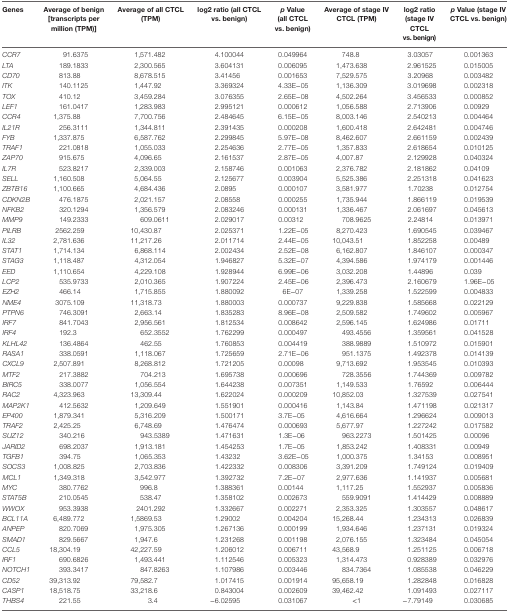
<table><thead><tr><td><b>Genes</b></td><td><b>Average of benign [transcripts per million (TPM)]</b></td><td><b>Average of all CTCL (TPM)</b></td><td><b>log2 ratio (all CTCL vs. benign)</b></td><td><b><i>p</i> Value (all CTCL vs. benign)</b></td><td><b>Average of stage IV CTCL (TPM)</b></td><td><b>log2 ratio (stage IV CTCL vs. benign)</b></td><td><b><i>p</i> Value (stage IV CTCL vs. benign)</b></td></tr></thead><tbody><tr><td><i>CCR7</i></td><td>91.6375</td><td>1,571.482</td><td>4.100044</td><td>0.049964</td><td>748.8</td><td>3.03057</td><td>0.001363</td></tr><tr><td><i>LTA</i></td><td>189.1833</td><td>2,300.565</td><td>3.604131</td><td>0.006095</td><td>1,473.638</td><td>2.961525</td><td>0.015005</td></tr><tr><td><i>CD70</i></td><td>813.88</td><td>8,678.515</td><td>3.41456</td><td>0.001653</td><td>7,529.575</td><td>3.20968</td><td>0.003482</td></tr><tr><td><i>ITK</i></td><td>140.1125</td><td>1,447.92</td><td>3.369324</td><td>4.33E−05</td><td>1,136.309</td><td>3.019698</td><td>0.002318</td></tr><tr><td><i>TOX</i></td><td>410.12</td><td>3,459.284</td><td>3.076355</td><td>2.65E−08</td><td>4,502.264</td><td>3.456533</td><td>0.000852</td></tr><tr><td><i>LEF1</i></td><td>161.0417</td><td>1,283.983</td><td>2.995121</td><td>0.000612</td><td>1,056.588</td><td>2.713906</td><td>0.00929</td></tr><tr><td><i>CCR4</i></td><td>1,375.88</td><td>7,700.756</td><td>2.484645</td><td>6.15E−05</td><td>8,003.146</td><td>2.540213</td><td>0.004464</td></tr><tr><td><i>IL21R</i></td><td>256.3111</td><td>1,344.811</td><td>2.391435</td><td>0.000208</td><td>1,600.418</td><td>2.642481</td><td>0.004746</td></tr><tr><td><i>FYB</i></td><td>1,337.875</td><td>6,587.762</td><td>2.299845</td><td>5.97E−08</td><td>8,462.607</td><td>2.661159</td><td>0.002439</td></tr><tr><td><i>TRAF1</i></td><td>221.0818</td><td>1,055.033</td><td>2.254636</td><td>2.77E−05</td><td>1,357.833</td><td>2.618654</td><td>0.010125</td></tr><tr><td><i>ZAP70</i></td><td>915.675</td><td>4,096.65</td><td>2.161537</td><td>2.87E−05</td><td>4,007.87</td><td>2.129928</td><td>0.040324</td></tr><tr><td><i>IL7R</i></td><td>523.8217</td><td>2,339.003</td><td>2.158746</td><td>0.001063</td><td>2,376.782</td><td>2.181862</td><td>0.04109</td></tr><tr><td><i>SELL</i></td><td>1,160.508</td><td>5,064.55</td><td>2.125677</td><td>0.003904</td><td>5,525.386</td><td>2.251318</td><td>0.041623</td></tr><tr><td><i>ZBTB16</i></td><td>1,100.665</td><td>4,684.436</td><td>2.0895</td><td>0.000107</td><td>3,581.977</td><td>1.70238</td><td>0.012754</td></tr><tr><td><i>CDKN2B</i></td><td>476.1875</td><td>2,021.157</td><td>2.08558</td><td>0.000255</td><td>1,735.944</td><td>1.866119</td><td>0.019539</td></tr><tr><td><i>NFKB2</i></td><td>320.1294</td><td>1,356.579</td><td>2.083246</td><td>0.000131</td><td>1,336.467</td><td>2.061697</td><td>0.045613</td></tr><tr><td><i>MMP9</i></td><td>149.2333</td><td>609.0611</td><td>2.029017</td><td>0.00312</td><td>708.9625</td><td>2.24814</td><td>0.013971</td></tr><tr><td><i>PILRB</i></td><td>2562.259</td><td>10,430.87</td><td>2.025371</td><td>1.22E−05</td><td>8,270.423</td><td>1.690545</td><td>0.039467</td></tr><tr><td><i>IL32</i></td><td>2,781.636</td><td>11,217.26</td><td>2.011714</td><td>2.44E−05</td><td>10,043.51</td><td>1.852258</td><td>0.00489</td></tr><tr><td><i>STAT1</i></td><td>1,714.134</td><td>6,868.114</td><td>2.002434</td><td>2.52E−08</td><td>6,162.807</td><td>1.846107</td><td>0.000347</td></tr><tr><td><i>STAG3</i></td><td>1,118.487</td><td>4,312.054</td><td>1.946827</td><td>5.32E−07</td><td>4,394.586</td><td>1.974179</td><td>0.001446</td></tr><tr><td><i>EED</i></td><td>1,110.654</td><td>4,229.108</td><td>1.928944</td><td>6.99E−06</td><td>3,032.208</td><td>1.44896</td><td>0.039</td></tr><tr><td><i>LCP2</i></td><td>535.9733</td><td>2,010.365</td><td>1.907224</td><td>2.45E−06</td><td>2,396.473</td><td>2.160679</td><td>1.96E−05</td></tr><tr><td><i>EZH2</i></td><td>466.14</td><td>1,715.855</td><td>1.880092</td><td>6E−07</td><td>1,339.258</td><td>1.522599</td><td>0.004833</td></tr><tr><td><i>NME4</i></td><td>3075.109</td><td>11,318.73</td><td>1.880003</td><td>0.000737</td><td>9,229.838</td><td>1.585668</td><td>0.022129</td></tr><tr><td><i>PTPN6</i></td><td>746.3091</td><td>2,663.14</td><td>1.835283</td><td>8.96E−08</td><td>2,509.582</td><td>1.749602</td><td>0.005967</td></tr><tr><td><i>IRF7</i></td><td>841.7043</td><td>2,956.561</td><td>1.812534</td><td>0.008642</td><td>2,596.145</td><td>1.624986</td><td>0.01711</td></tr><tr><td><i>IRF4</i></td><td>192.3</td><td>652.3552</td><td>1.762299</td><td>0.000497</td><td>493.4556</td><td>1.359561</td><td>0.041528</td></tr><tr><td><i>KLHL42</i></td><td>136.4864</td><td>462.55</td><td>1.760853</td><td>0.004419</td><td>388.9889</td><td>1.510972</td><td>0.015901</td></tr><tr><td><i>RASA1</i></td><td>338.0591</td><td>1,118.067</td><td>1.725659</td><td>2.71E−06</td><td>951.1375</td><td>1.492378</td><td>0.014139</td></tr><tr><td><i>CXCL9</i></td><td>2,507.891</td><td>8,268.812</td><td>1.721205</td><td>0.00098</td><td>9,713.692</td><td>1.953545</td><td>0.010393</td></tr><tr><td><i>MTF2</i></td><td>217.3882</td><td>704.213</td><td>1.695738</td><td>0.000696</td><td>728.3556</td><td>1.744369</td><td>0.009782</td></tr><tr><td><i>BIRC5</i></td><td>338.0077</td><td>1,056.554</td><td>1.644238</td><td>0.007351</td><td>1,149.533</td><td>1.76592</td><td>0.006444</td></tr><tr><td><i>RAC2</i></td><td>4,323.963</td><td>13,309.44</td><td>1.622024</td><td>0.000209</td><td>10,852.03</td><td>1.327539</td><td>0.027541</td></tr><tr><td><i>MAP2K1</i></td><td>412.5632</td><td>1,209.649</td><td>1.551901</td><td>0.000416</td><td>1,143.84</td><td>1.471198</td><td>0.021317</td></tr><tr><td><i>EP400</i></td><td>1,879.341</td><td>5,316.209</td><td>1.500171</td><td>3.7E−05</td><td>4,616.664</td><td>1.296624</td><td>0.009013</td></tr><tr><td><i>TRAF2</i></td><td>2,425.25</td><td>6,748.69</td><td>1.476474</td><td>0.000693</td><td>5,677.97</td><td>1.227242</td><td>0.017582</td></tr><tr><td><i>SUZ12</i></td><td>340.216</td><td>943.5389</td><td>1.471631</td><td>1.3E−06</td><td>963.2273</td><td>1.501425</td><td>0.00096</td></tr><tr><td><i>JARID2</i></td><td>698.2037</td><td>1,913.181</td><td>1.454253</td><td>1.7E−05</td><td>1,853.242</td><td>1.408331</td><td>0.00949</td></tr><tr><td><i>TGFB1</i></td><td>394.75</td><td>1,065.353</td><td>1.43232</td><td>3.62E−05</td><td>1,000.375</td><td>1.34153</td><td>0.008951</td></tr><tr><td><i>SOCS3</i></td><td>1,008.825</td><td>2,703.836</td><td>1.422332</td><td>0.008306</td><td>3,391.209</td><td>1.749124</td><td>0.019409</td></tr><tr><td><i>MCL1</i></td><td>1,349.318</td><td>3,542.977</td><td>1.392732</td><td>7.2E−07</td><td>2,977.636</td><td>1.141937</td><td>0.005681</td></tr><tr><td><i>MYC</i></td><td>380.7762</td><td>996.8</td><td>1.388361</td><td>0.00144</td><td>1,117.25</td><td>1.552937</td><td>0.005836</td></tr><tr><td><i>STAT5B</i></td><td>210.0545</td><td>538.47</td><td>1.358102</td><td>0.002673</td><td>559.9091</td><td>1.414429</td><td>0.008889</td></tr><tr><td><i>WWOX</i></td><td>953.3938</td><td>2401.292</td><td>1.332667</td><td>0.002271</td><td>2,353.325</td><td>1.303557</td><td>0.048617</td></tr><tr><td><i>BCL11A</i></td><td>6,489.772</td><td>1,5869.53</td><td>1.29002</td><td>0.004204</td><td>15,268.44</td><td>1.234313</td><td>0.026839</td></tr><tr><td><i>ANPEP</i></td><td>820.7069</td><td>1,975.305</td><td>1.267136</td><td>0.000199</td><td>1,934.646</td><td>1.237131</td><td>0.019324</td></tr><tr><td><i>SMAD1</i></td><td>829.5667</td><td>1,947.6</td><td>1.231268</td><td>0.001198</td><td>2,076.155</td><td>1.323484</td><td>0.045054</td></tr><tr><td><i>CCL5</i></td><td>18,304.19</td><td>42,227.59</td><td>1.206012</td><td>0.006711</td><td>43,568.9</td><td>1.251125</td><td>0.006718</td></tr><tr><td><i>IRF1</i></td><td>690.6826</td><td>1,493.441</td><td>1.112546</td><td>0.005323</td><td>1,314.473</td><td>0.928389</td><td>0.032976</td></tr><tr><td><i>NOTCH1</i></td><td>393.3417</td><td>847.8263</td><td>1.107986</td><td>0.003446</td><td>834.7364</td><td>1.085538</td><td>0.046229</td></tr><tr><td><i>CD52</i></td><td>39,313.92</td><td>79,582.7</td><td>1.017415</td><td>0.001914</td><td>95,658.19</td><td>1.282848</td><td>0.016828</td></tr><tr><td><i>CASP1</i></td><td>18,518.75</td><td>33,218.6</td><td>0.843004</td><td>0.002609</td><td>39,462.42</td><td>1.091493</td><td>0.027117</td></tr><tr><td><i>THBS4</i></td><td>221.55</td><td>3.4</td><td>−6.02595</td><td>0.031067</td><td>&lt;1</td><td>−7.79149</td><td>0.030685</td></tr></tbody></table>